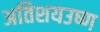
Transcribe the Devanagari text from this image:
अतिशयउष्ण